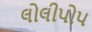
લોલીપોપ